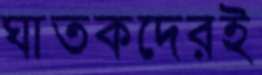
ঘাতকদেরই